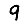
Digit: 9